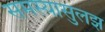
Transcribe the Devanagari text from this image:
समस्यासुलझ